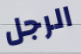
الرجل